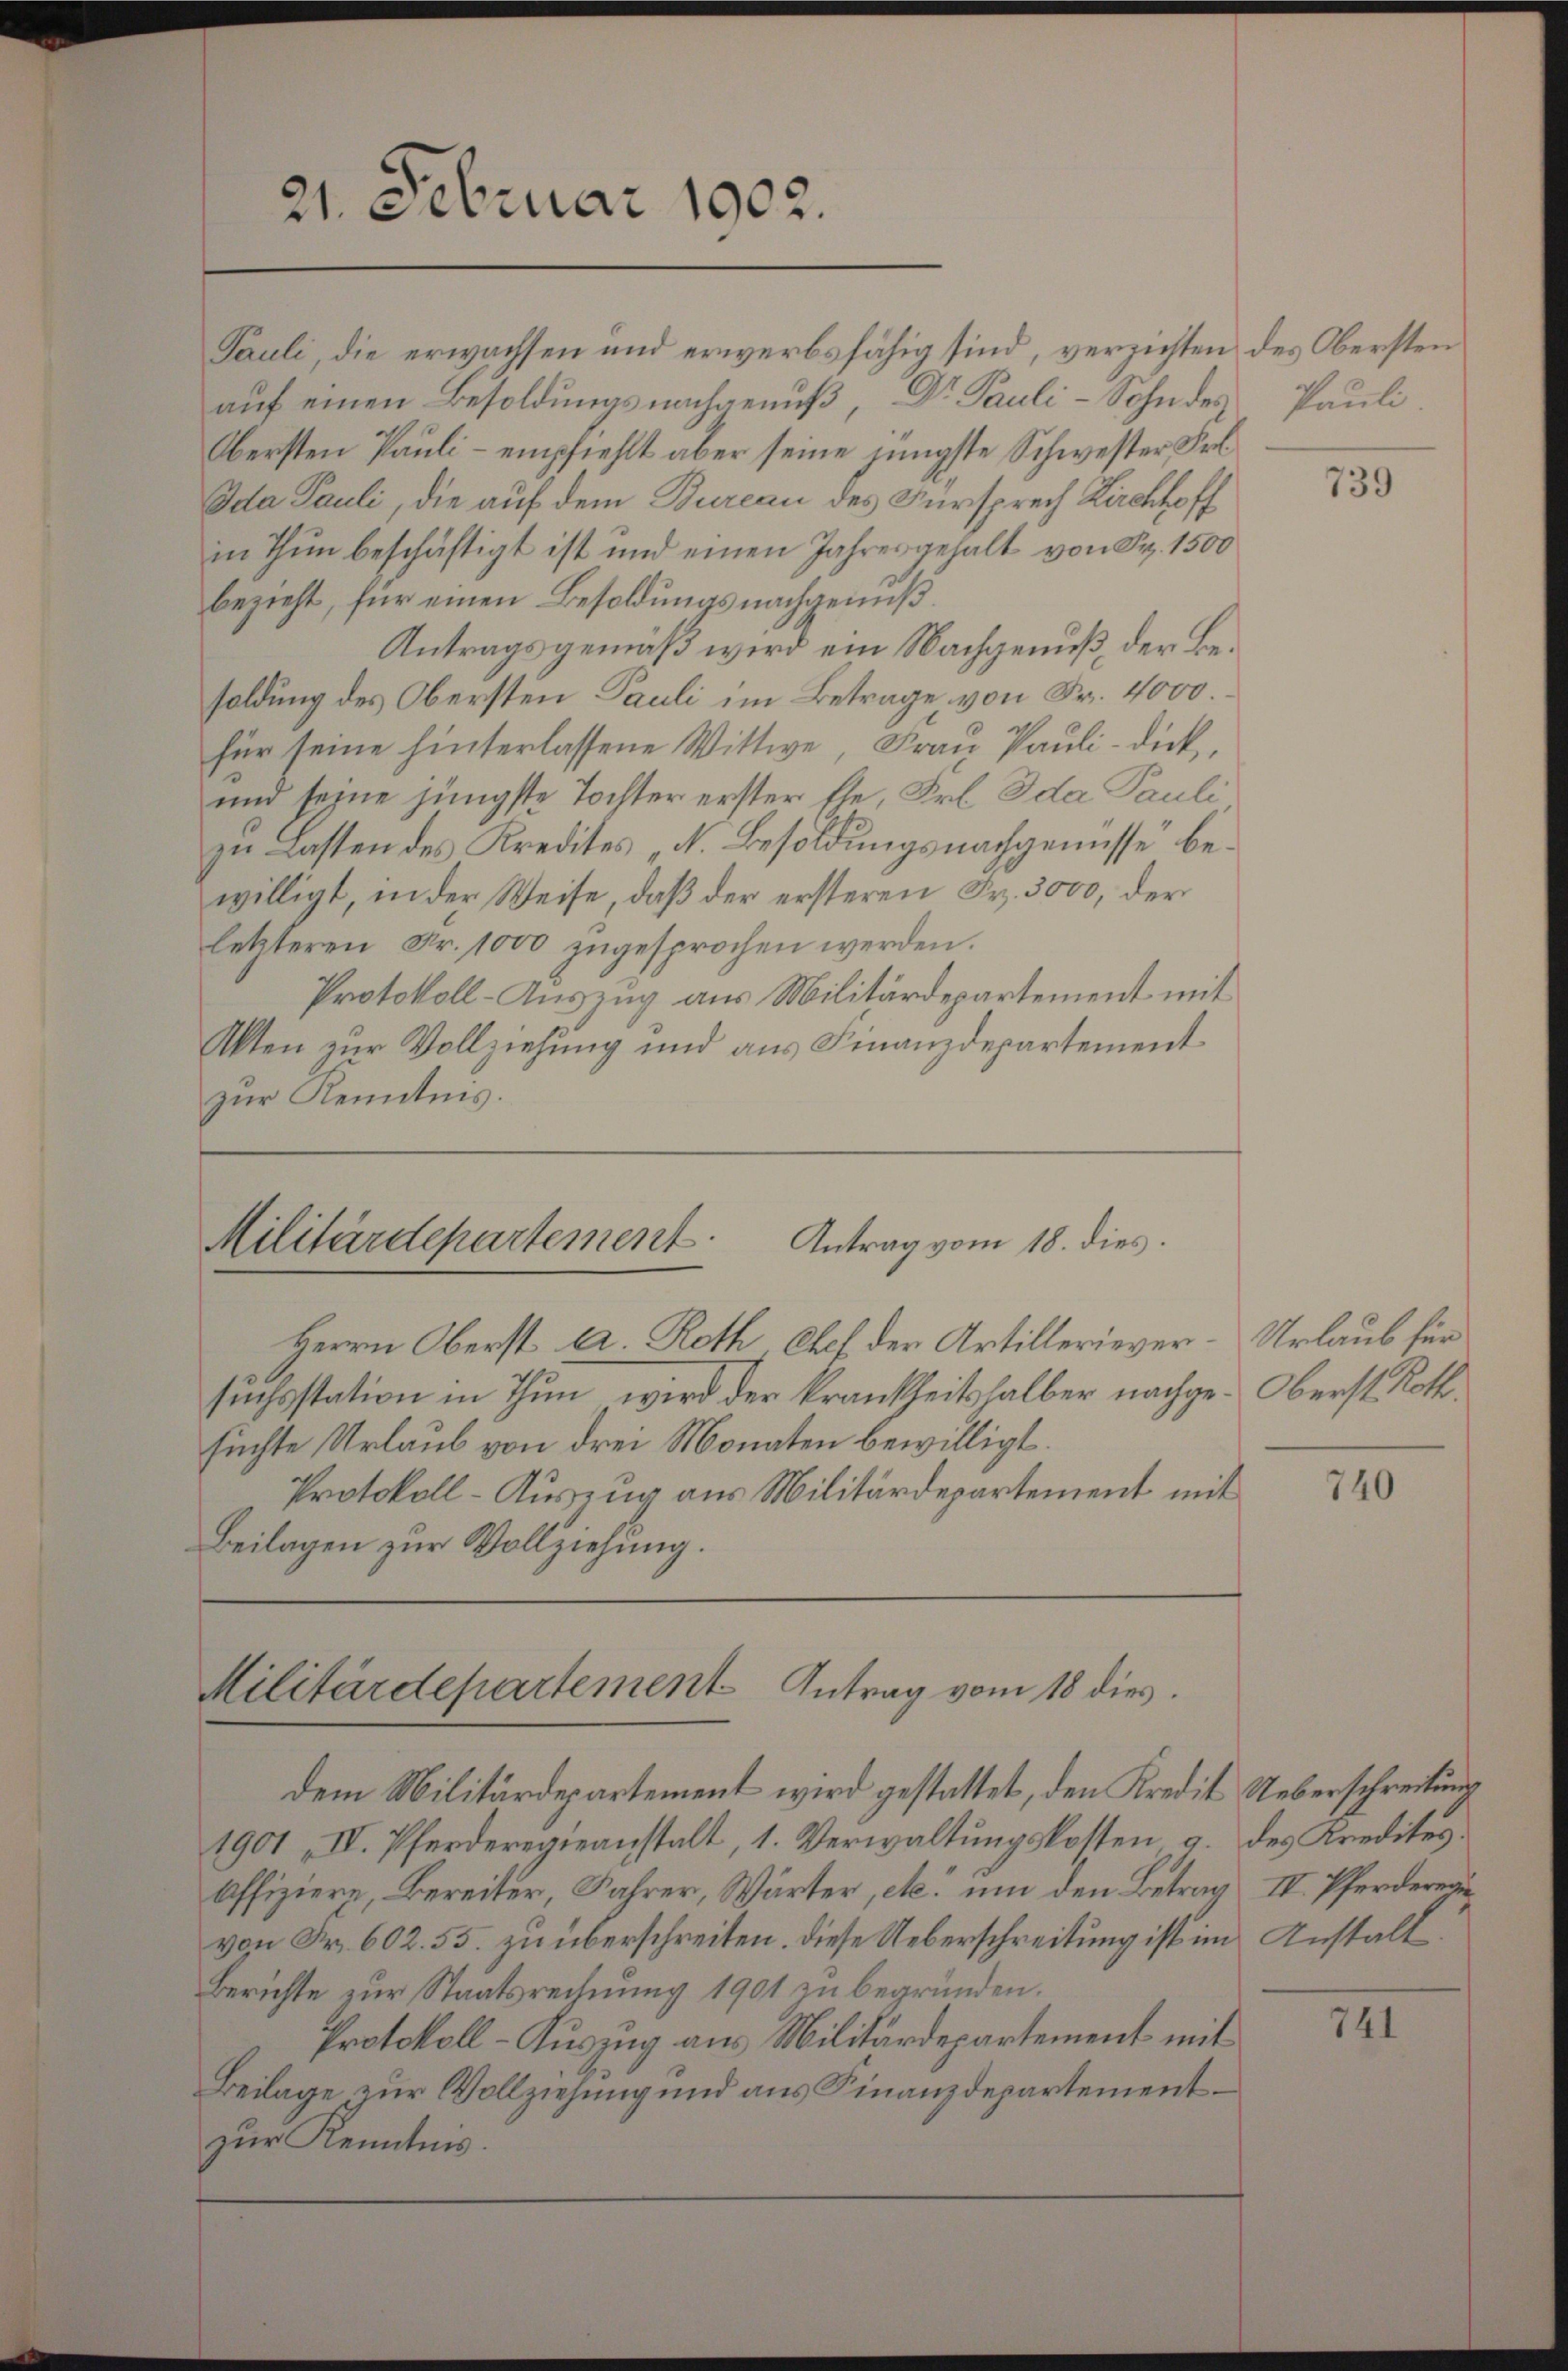
21. Februar 1902.

Pauli, die erwachsen und erwerbsfähig sind, verzichten
auf einen Besoldungsnachgenuß Dr Pauli - Sohn des
Obersten Pauli – empfiehlt aber seine jüngste Schwester Frl.
Ida Pauli, die auf dem Bureau des Fürsprech Kirchhoff
in Thun beschäftigt ist und einen Jahresgehalt von Fr. 1500
bezieht, für einen Besoldungsnachgenuß.
Antragsgemäß wird ein Nachgenuß der Besoldung des Obersten Pauli im Betrage von Fr. 4000
für seine hinterlassene Wittwe, Frau Pauli-dick,
und seine jüngste Tochter erster fte, Frl. Ida Pauli
zu Lasten des Kredites N. Besoldungsnachgenüsse bewilligt, in der Weise, daß der ersteren Fr. 3000, der
letzteren Fr. 1000 zŭgesprochen werden.
Protokoll-Auszug aus Militärdepartement mit
Akten zur Vollziehung und aus Finanzdepartementzur Kenntnis.

Militärdepartement. Antrag vom 18. dies

Herrn Oberst a. Roth Chef der Artilleriever- Urlaub für
suchsstation in Thun wird der krankheitshalber nachge-Oberst Rothsuchte Urlaub von drei Monaten bewilligt.
Protokoll-Auszug aus Militärdepartement mit
Beilagen zur Vollziehung.

Militärdepartement Antrag vom 18 dies

dem Militärdepartement wird gestattet, den Kredit Ueberschreitung
1901 IV. Pferderegieanstalt, 1. Verwaltŭngskosten a. des Kredites.
affiziere Bereiter, Jahrer, Wärter, etc. um den Betrag IV. Pferderen
von Fr. 602. 55. zu überschreiten. Diese Ueberschreitung ist im Anstalt
Berichte zur Staatsrechnung 1901 zu begründen.
Protokoll-Kuszug aus Militärdepartement mit
Beilage zur Vollziehung und aus Finanzdepartementzur Kenntnis.

des Obersten
Pauli

739

740

741